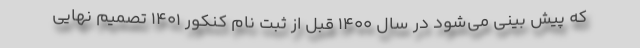
که پیش بینی می‌شود در سال ۱۴۰۰ قبل از ثبت نام کنکور ۱۴۰۱ تصمیم نهایی